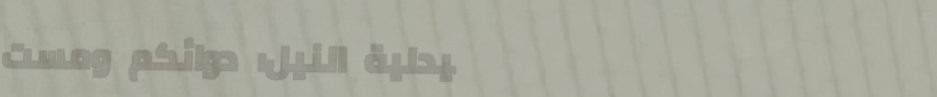
صيدلية النيل: دوائكم ومست